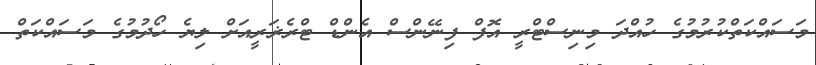
މަސައްކަތްކުރުމުގެ ހުއްދަ މިނިސްޓްރީ އޮފް ފިނޭންސް އެންޑް ޓްރެޜަރީއަށް ލިޔެ ހޯދުމުގެ މަސައްކަތް